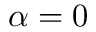
\alpha = 0